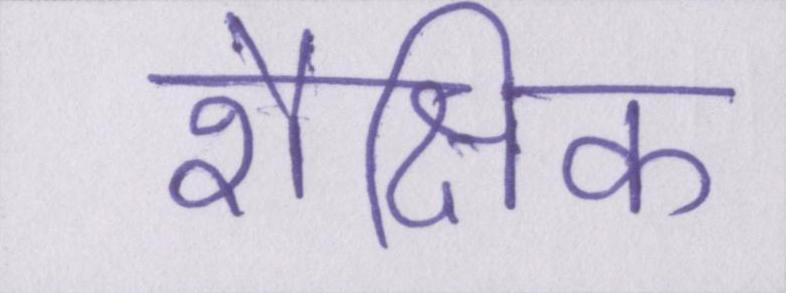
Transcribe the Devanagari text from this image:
शैक्षिक